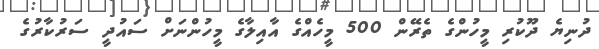
ދުނިޔެ ދޫކުރި މީހުންގެ ތެރޭން 500 މީހެއްގެ އާއިލާގެ މީހުންނަށް ސައުދީ ސަރުކާރުގެ